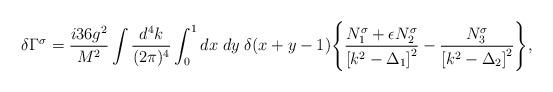
LaTeX: \begin{align*}\delta \Gamma^\sigma = \frac{i 36 g^2}{M^2} \int \frac{d^4 k}{(2 \pi)^4} \int_0^1 dx \;dy\; \delta(x+y-1) \Biggl\{\frac{N_1^\sigma + \epsilon N_2^\sigma}{\left[k^2 - \Delta_1 \right]^2} - \frac{N_3^\sigma}{\left[k^2 - \Delta_2 \right]^2}\Biggr\},\end{align*}